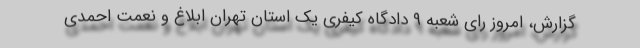
گزارش، امروز رای شعبه ۹ دادگاه کیفری یک استان تهران ابلاغ و نعمت احمدی